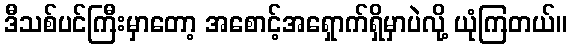
ဒီသစ်ပင်ကြီးမှာတော့ အစောင့်အရှောက်ရှိမှာပဲလို့ ယုံကြတယ်။